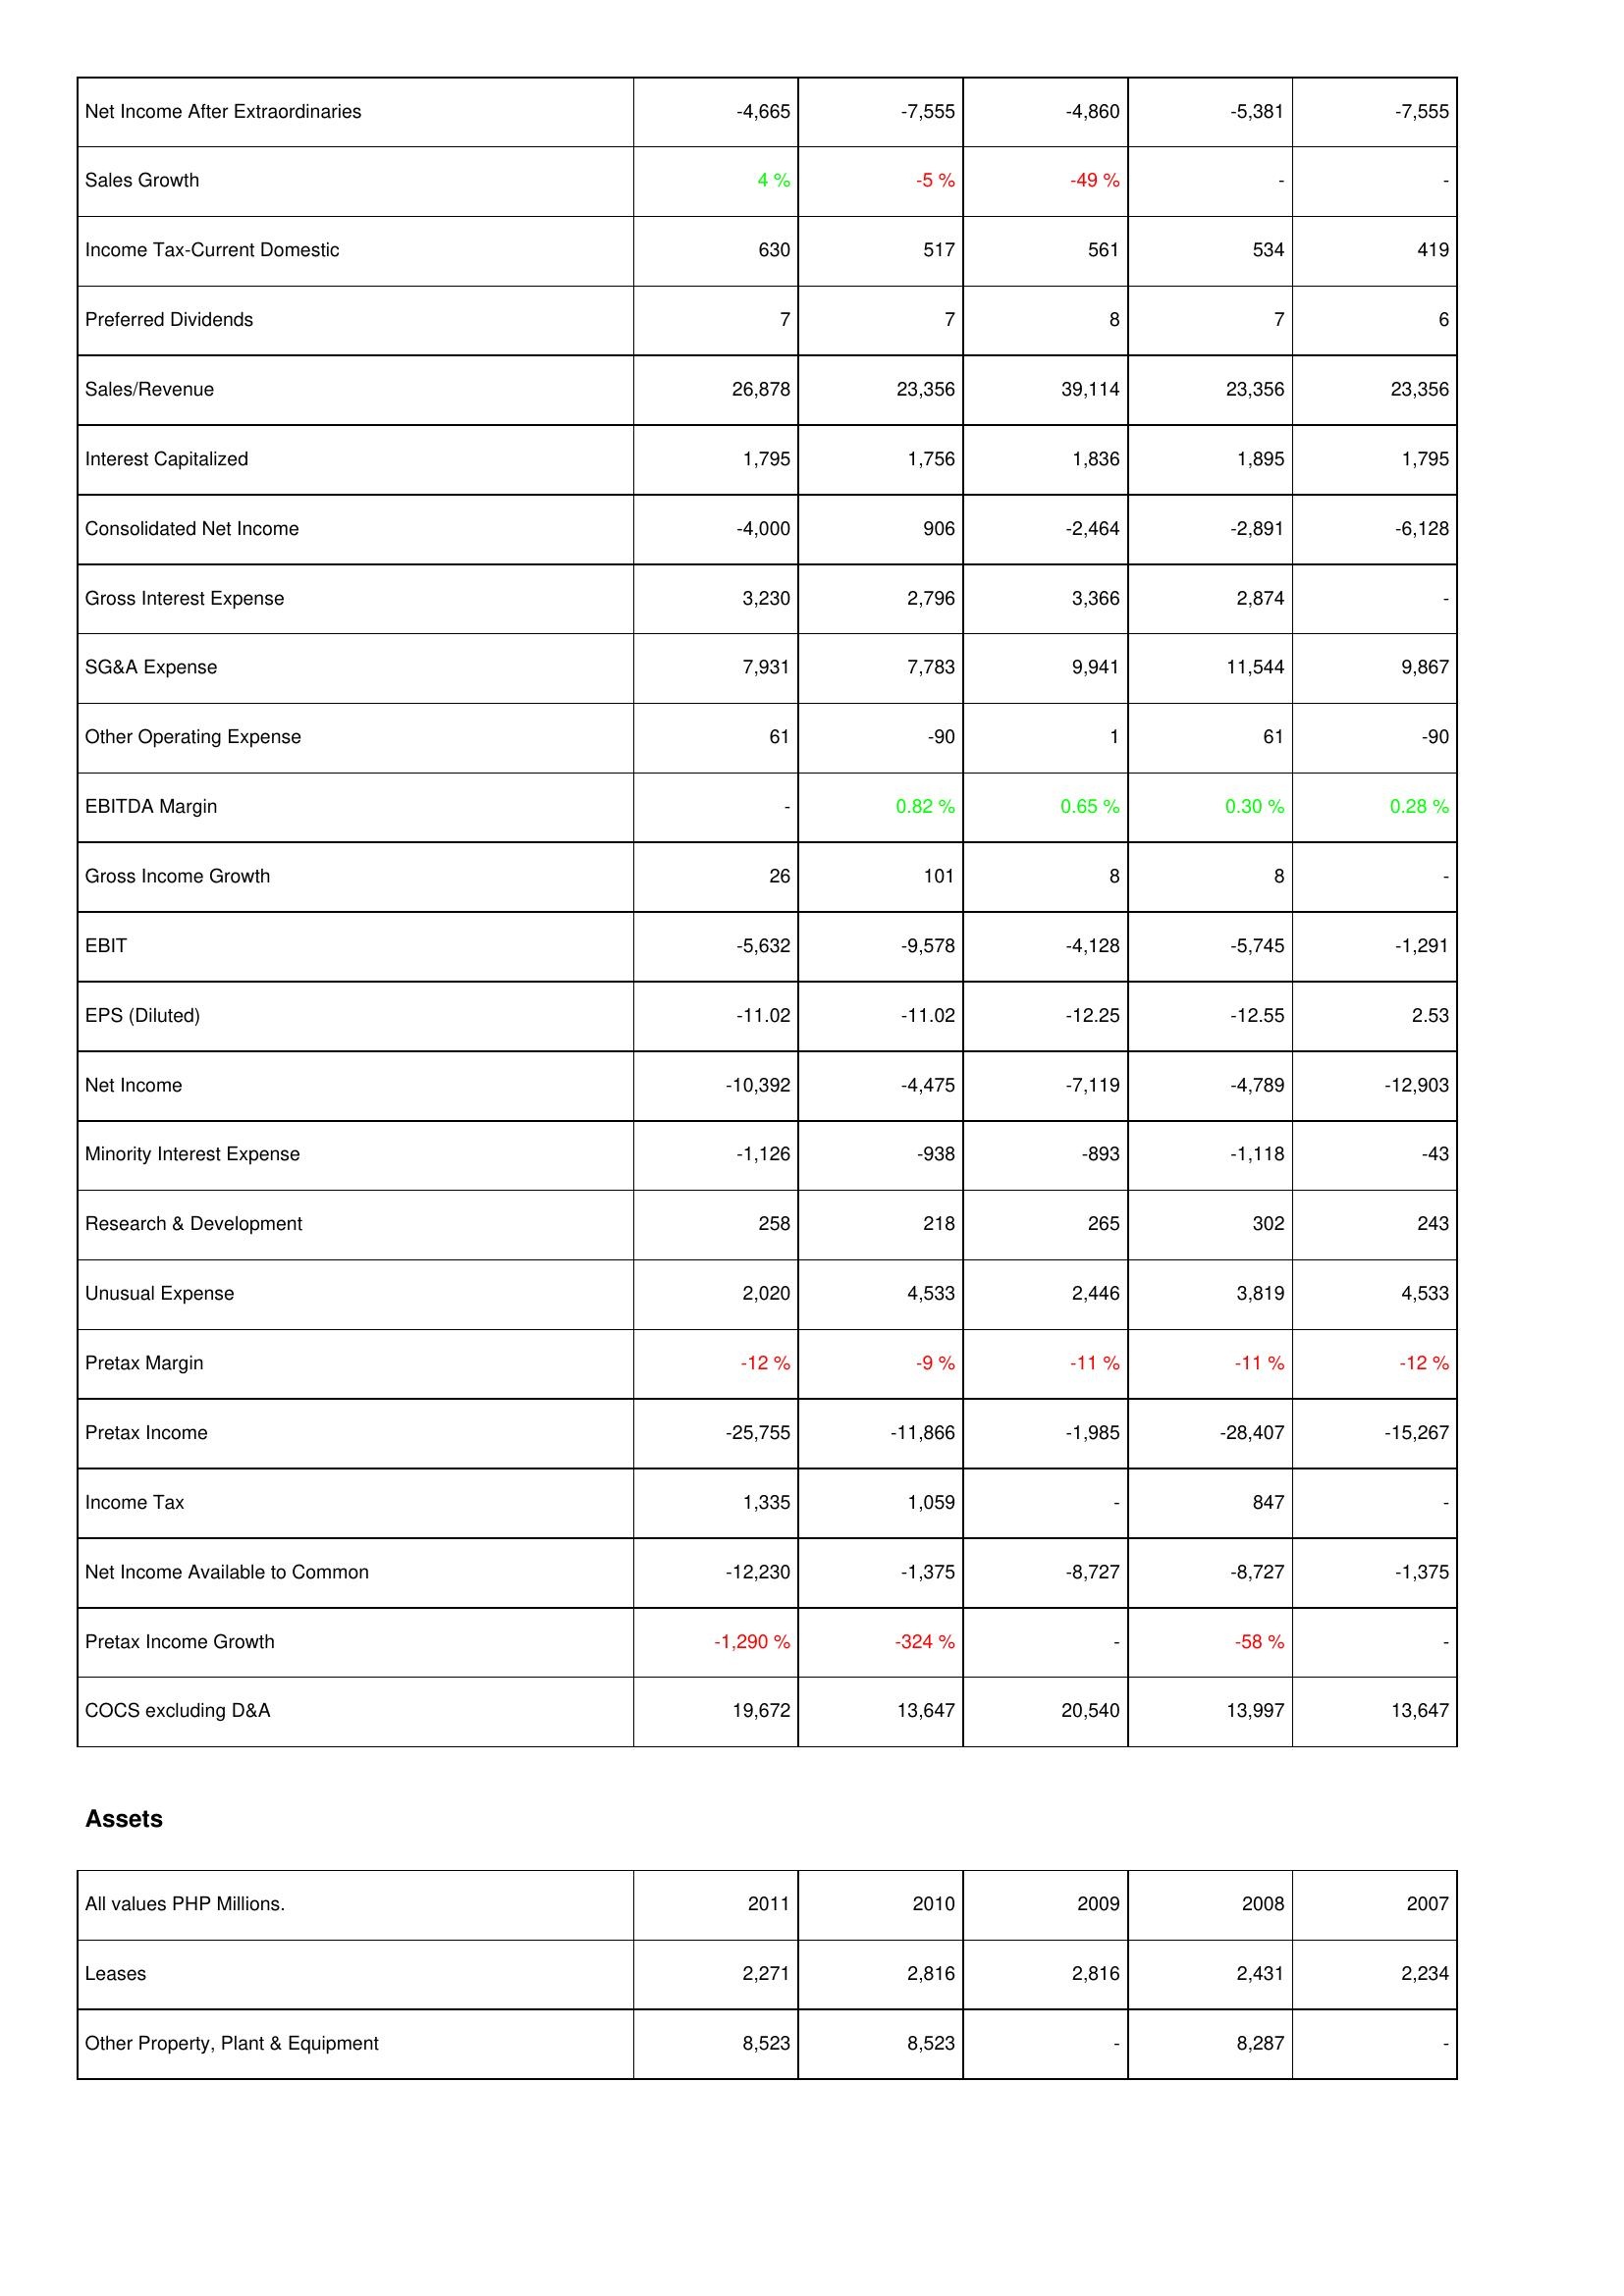
2011: Income Statement: Net Income After Extraordinaries: -4,665
Sales Growth: 4 %
Income Tax-Current Domestic: 630
Preferred Dividends: 7
Sales/Revenue: 26,878
Interest Capitalized: 1,795
Consolidated Net Income: -4,000
Gross Interest Expense: 3,230
SG&A Expense: 7,931
Other Operating Expense: 61
EBITDA Margin: -
Gross Income Growth: 26
EBIT: -5,632
EPS (Diluted): -11.02
Net Income: -10,392
Minority Interest Expense: -1,126
Research & Development: 258
Unusual Expense: 2,020
Pretax Margin: -12 %
Pretax Income: -25,755
Income Tax: 1,335
Net Income Available to Common: -12,230
Pretax Income Growth: -1,290 %
COCS excluding D&A: 19,672
Assets: Leases: 2,271
Other Property, Plant & Equipment: 8,523
2010: Income Statement: Net Income After Extraordinaries: -7,555
Sales Growth: -5 %
Income Tax-Current Domestic: 517
Preferred Dividends: 7
Sales/Revenue: 23,356
Interest Capitalized: 1,756
Consolidated Net Income: 906
Gross Interest Expense: 2,796
SG&A Expense: 7,783
Other Operating Expense: -90
EBITDA Margin: 0.82 %
Gross Income Growth: 101
EBIT: -9,578
EPS (Diluted): -11.02
Net Income: -4,475
Minority Interest Expense: -938
Research & Development: 218
Unusual Expense: 4,533
Pretax Margin: -9 %
Pretax Income: -11,866
Income Tax: 1,059
Net Income Available to Common: -1,375
Pretax Income Growth: -324 %
COCS excluding D&A: 13,647
Assets: Leases: 2,816
Other Property, Plant & Equipment: 8,523
2009: Income Statement: Net Income After Extraordinaries: -4,860
Sales Growth: -49 %
Income Tax-Current Domestic: 561
Preferred Dividends: 8
Sales/Revenue: 39,114
Interest Capitalized: 1,836
Consolidated Net Income: -2,464
Gross Interest Expense: 3,366
SG&A Expense: 9,941
Other Operating Expense: 1
EBITDA Margin: 0.65 %
Gross Income Growth: 8
EBIT: -4,128
EPS (Diluted): -12.25
Net Income: -7,119
Minority Interest Expense: -893
Research & Development: 265
Unusual Expense: 2,446
Pretax Margin: -11 %
Pretax Income: -1,985
Income Tax: -
Net Income Available to Common: -8,727
Pretax Income Growth: -
COCS excluding D&A: 20,540
Assets: Leases: 2,816
Other Property, Plant & Equipment: -
2008: Income Statement: Net Income After Extraordinaries: -5,381
Sales Growth: -
Income Tax-Current Domestic: 534
Preferred Dividends: 7
Sales/Revenue: 23,356
Interest Capitalized: 1,895
Consolidated Net Income: -2,891
Gross Interest Expense: 2,874
SG&A Expense: 11,544
Other Operating Expense: 61
EBITDA Margin: 0.30 %
Gross Income Growth: 8
EBIT: -5,745
EPS (Diluted): -12.55
Net Income: -4,789
Minority Interest Expense: -1,118
Research & Development: 302
Unusual Expense: 3,819
Pretax Margin: -11 %
Pretax Income: -28,407
Income Tax: 847
Net Income Available to Common: -8,727
Pretax Income Growth: -58 %
COCS excluding D&A: 13,997
Assets: Leases: 2,431
Other Property, Plant & Equipment: 8,287
2007: Income Statement: Net Income After Extraordinaries: -7,555
Sales Growth: -
Income Tax-Current Domestic: 419
Preferred Dividends: 6
Sales/Revenue: 23,356
Interest Capitalized: 1,795
Consolidated Net Income: -6,128
Gross Interest Expense: -
SG&A Expense: 9,867
Other Operating Expense: -90
EBITDA Margin: 0.28 %
Gross Income Growth: -
EBIT: -1,291
EPS (Diluted): 2.53
Net Income: -12,903
Minority Interest Expense: -43
Research & Development: 243
Unusual Expense: 4,533
Pretax Margin: -12 %
Pretax Income: -15,267
Income Tax: -
Net Income Available to Common: -1,375
Pretax Income Growth: -
COCS excluding D&A: 13,647
Assets: Leases: 2,234
Other Property, Plant & Equipment: -